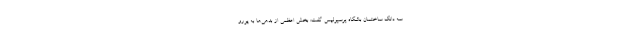
سه دانگ ساختمان باشگاه پرسپولیس گفت: بخش اعظمی از بدهی‌ها به یورو